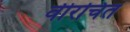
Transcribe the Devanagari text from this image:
वीरचित